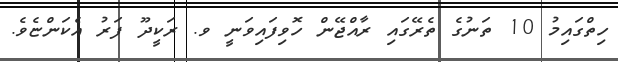
ހިތްގައިމު 10 ތަނުގެ ތެރޭގައި ރާއްޖޭން ހޮވިފައިވަނީ ވ. ރަކީދޫ ފަރު އެކަންޏެވެ.